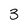
Character: 3